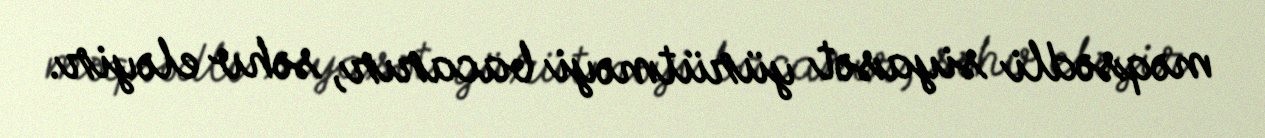
məqsədli siyasət yürütməyi bacarır, səhv eləyir.